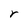
Character: r